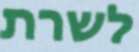
לשרת